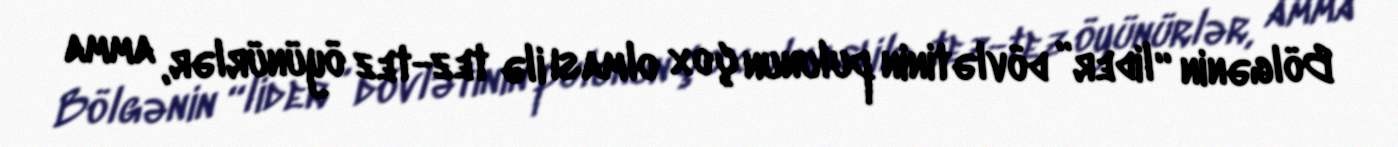
Bölgənin “lider” dövlətinin pulunun çox olması ilə tez-tez öyünürlər, amma